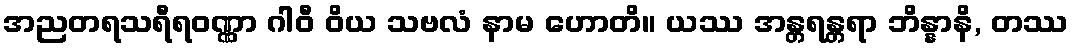
အညတရသရီရဝဏ္ဏာ ဂါဝီ ဝိယ သဗလံ နာမ ဟောတိ။ ယဿ အန္တရန္တရာ ဘိန္နာနိ, တဿ